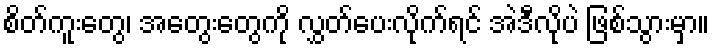
စိတ်ကူးတွေ၊ အတွေးတွေကို လွှတ်ပေးလိုက်ရင် အဲဒီလိုပဲ ဖြစ်သွားမှာ။